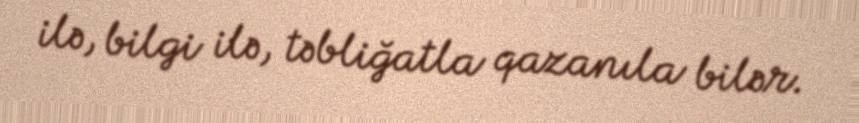
ilə, bilgi ilə, təbliğatla qazanıla bilər.